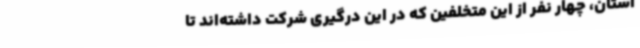
استان، چهار نفر از این متخلفین که در این درگیری شرکت داشته‌اند تا